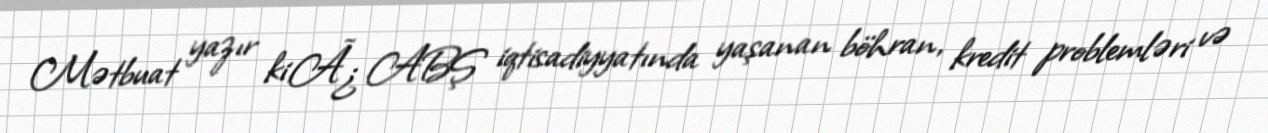
Mətbuat yazır ki,Ã¿ ABŞ iqtisadiyyatında yaşanan böhran, kredit problemləri və